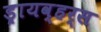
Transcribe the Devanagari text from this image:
ड्रायव्हर्स